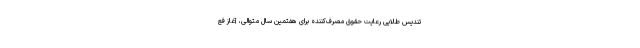
تندیس طلایی رعایت حقوق مصرف‌کننده برای هفتمین سال متوالی، آغاز فع